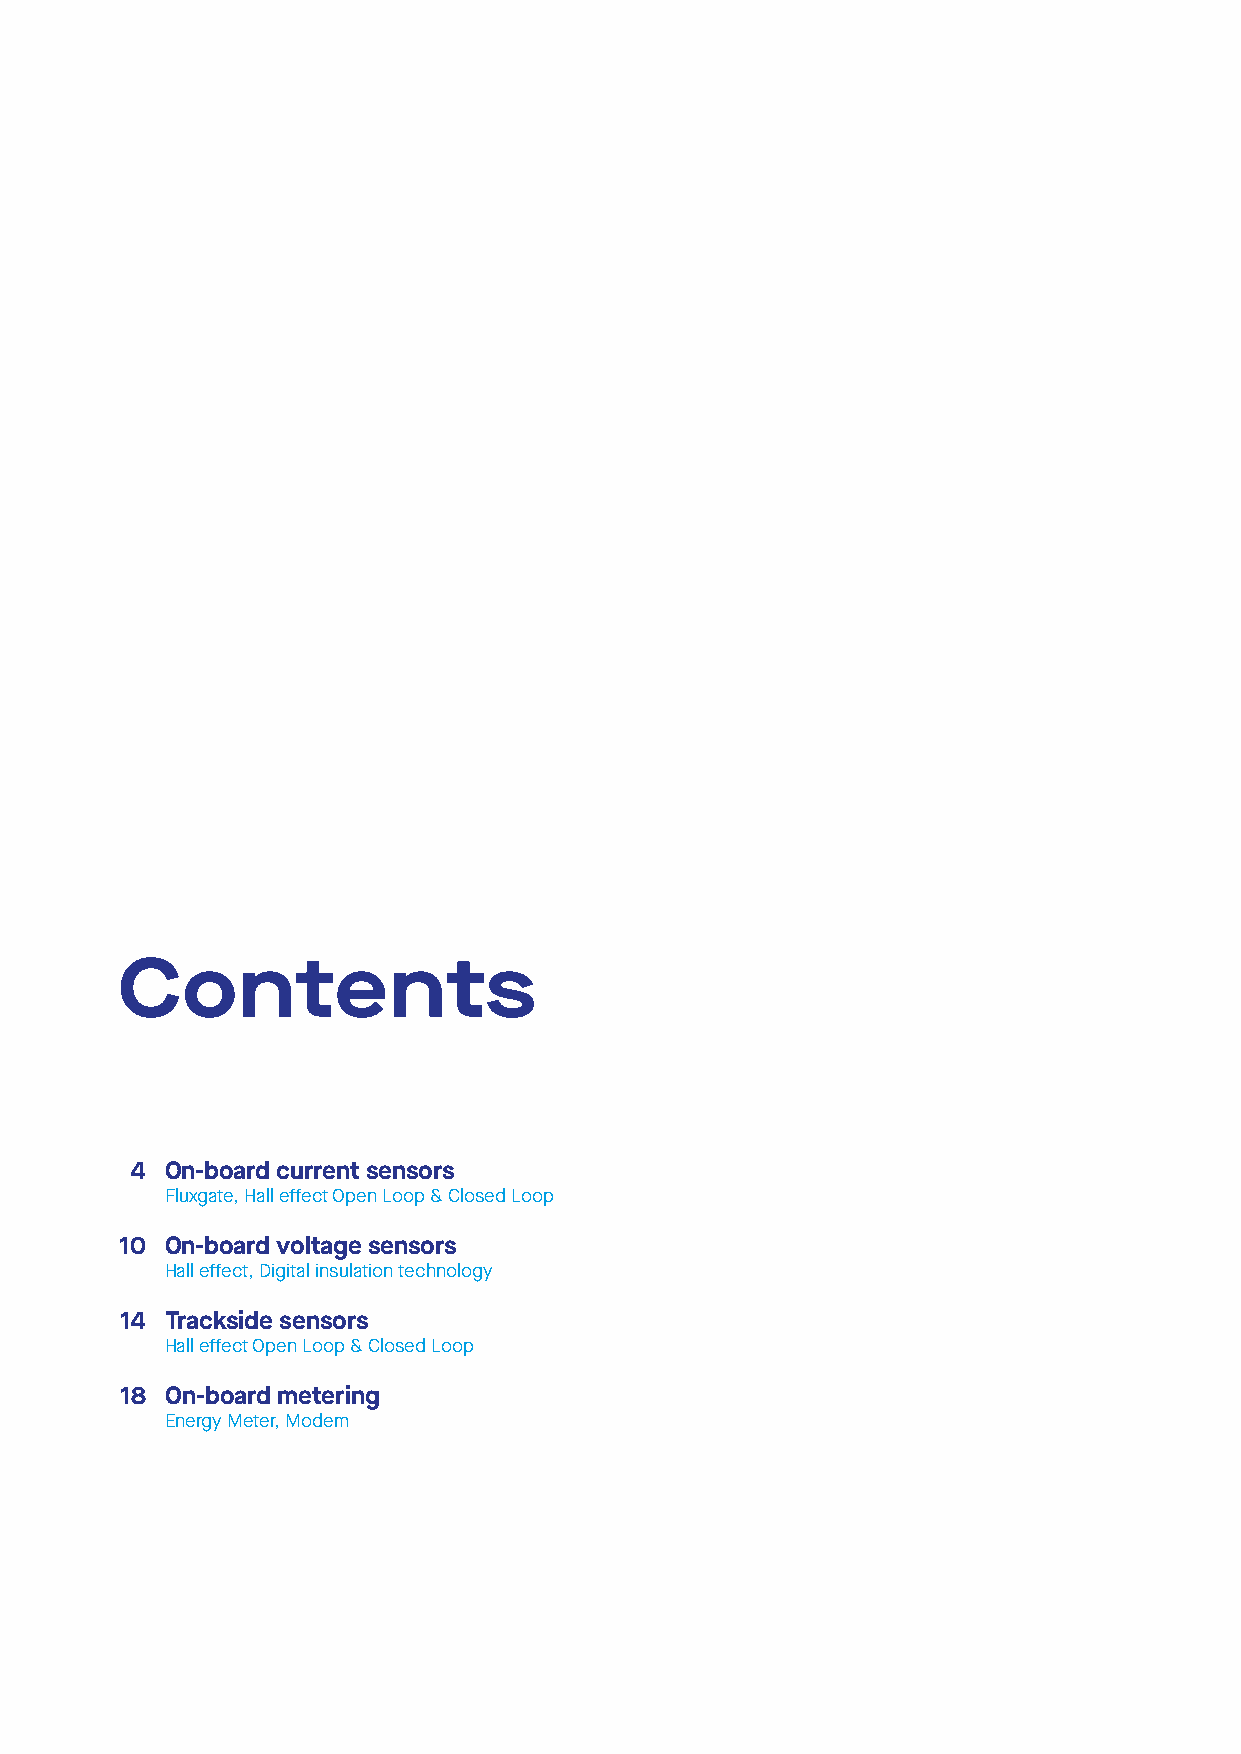
Contents
 4 On-board current sensors
 Fluxgate, Hall effect Open Loop & Closed Loop
 10 On-board voltage sensors
 Hall effect, Digital insulation technology
 14 Trackside sensors
 Hall effect Open Loop & Closed Loop
 18 On-board metering
 Energy Meter, Modem